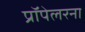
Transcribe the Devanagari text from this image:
प्रॉपेलरना